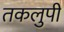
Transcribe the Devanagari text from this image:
तकलुपी